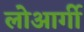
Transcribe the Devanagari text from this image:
लोआर्गी